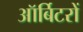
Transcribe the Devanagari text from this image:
ऑर्बिटरों